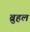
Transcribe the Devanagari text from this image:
ब्रुहल